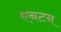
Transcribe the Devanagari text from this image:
एनटन